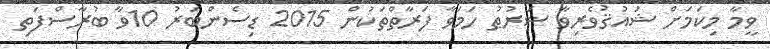
ވީމާ މިކަމަށް ޝައުޤުވެރިވާ ޝަރުޠު ހަމަވާ ފަރާތްތަކުން 2015 ޑިސެންބަރު 10ވާ ބުރާސްފަތި